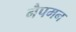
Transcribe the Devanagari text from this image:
नैपमन